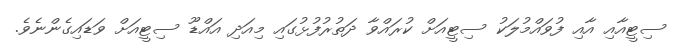
ސިޓީއާއި އާއި ފުވައްމުލަކު ސިޓީއަށް ކުރައްވާ ދަތުރުފުޅުގައި މިއަދި އައްޑޫ ސިޓީއަށް ވަޑައިގެންނެވެ.